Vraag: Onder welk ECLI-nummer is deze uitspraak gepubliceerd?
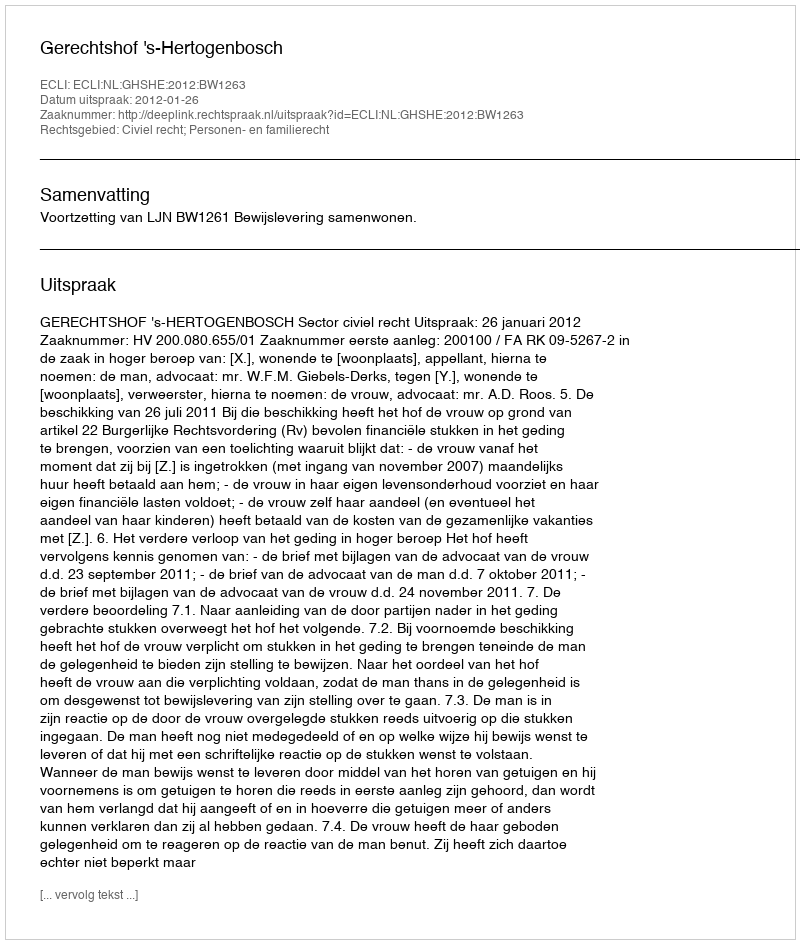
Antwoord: ECLI:NL:GHSHE:2012:BW1263